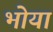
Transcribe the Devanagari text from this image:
भोया